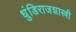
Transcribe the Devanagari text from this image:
धुंडिराजशास्त्री